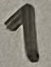
Text: 1